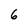
Character: 6